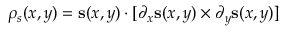
\rho _ { s } ( x , y ) = \mathbf { s } ( x , y ) \cdot [ \partial _ { x } \mathbf { s } ( x , y ) \times \partial _ { y } \mathbf { s } ( x , y ) ]